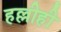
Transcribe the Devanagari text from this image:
हल्लीही